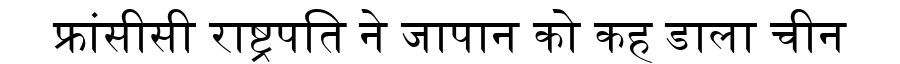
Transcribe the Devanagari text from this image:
फ्रांसीसी राष्ट्रपति ने जापान को कह डाला चीन